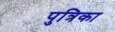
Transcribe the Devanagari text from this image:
पुत्रिका